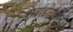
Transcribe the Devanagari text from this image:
बार्बाडोसच्या